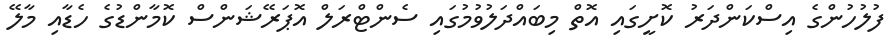
ފުލުހުންގެ އިސްކަންދަރު ކޮށީގައި އޮތް މިބައްދަލުވުމުގައި ސެންޓްރަލް އޮޕަރޭޝަންސް ކޮމާންޑުގެ ހެޑާއި މާލޭ